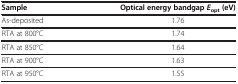
<table><thead><tr><td><b>Sample</b></td><td><b>Optical energy bandgap<i>E</i><sub>opt</sub>(eV)</b></td></tr></thead><tbody><tr><td>As-deposited</td><td>1.76</td></tr><tr><td>RTA at 800°C</td><td>1.74</td></tr><tr><td>RTA at 850°C</td><td>1.64</td></tr><tr><td>RTA at 900°C</td><td>1.63</td></tr><tr><td>RTA at 950°C</td><td>1.55</td></tr></tbody></table>